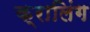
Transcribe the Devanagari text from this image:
क्रालिंग